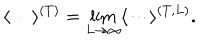
LaTeX: \langle \cdots \rangle ^ { ( T ) } = \lim _ { L \to \infty } \langle \cdots \rangle ^ { ( T , L ) } .